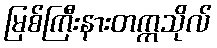
မြစ်ကြီးနားတက္ကသိုလ်